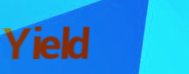
Yield